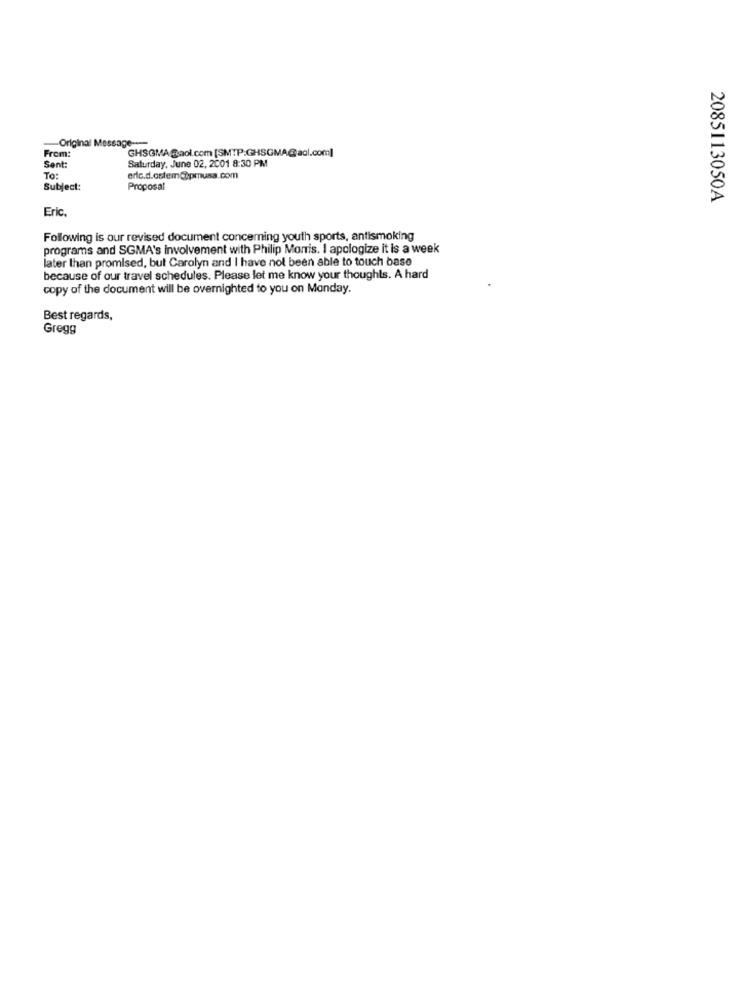
-Original Message ---
From:
GHSGMA@aol.com [SMTP:GHSGMA@aol.com]
Saturday, June 02, 2001 8:30 PM
Sent:
To:
eric.d.ostem@pmusa.com
Subject:
Proposal
2085113050A
Eric.
Following is our revised document concerning youth sports, antismoking
programs and SGMA's involvement with Philip Morris. I apologize it is a week
later than promised, but Carolyn and I have not been able to touch base
because of our travel schedules. Please let me know your thoughts. A hard
copy of the document will be overnighted to you on Monday.
Best regards,
Gregg